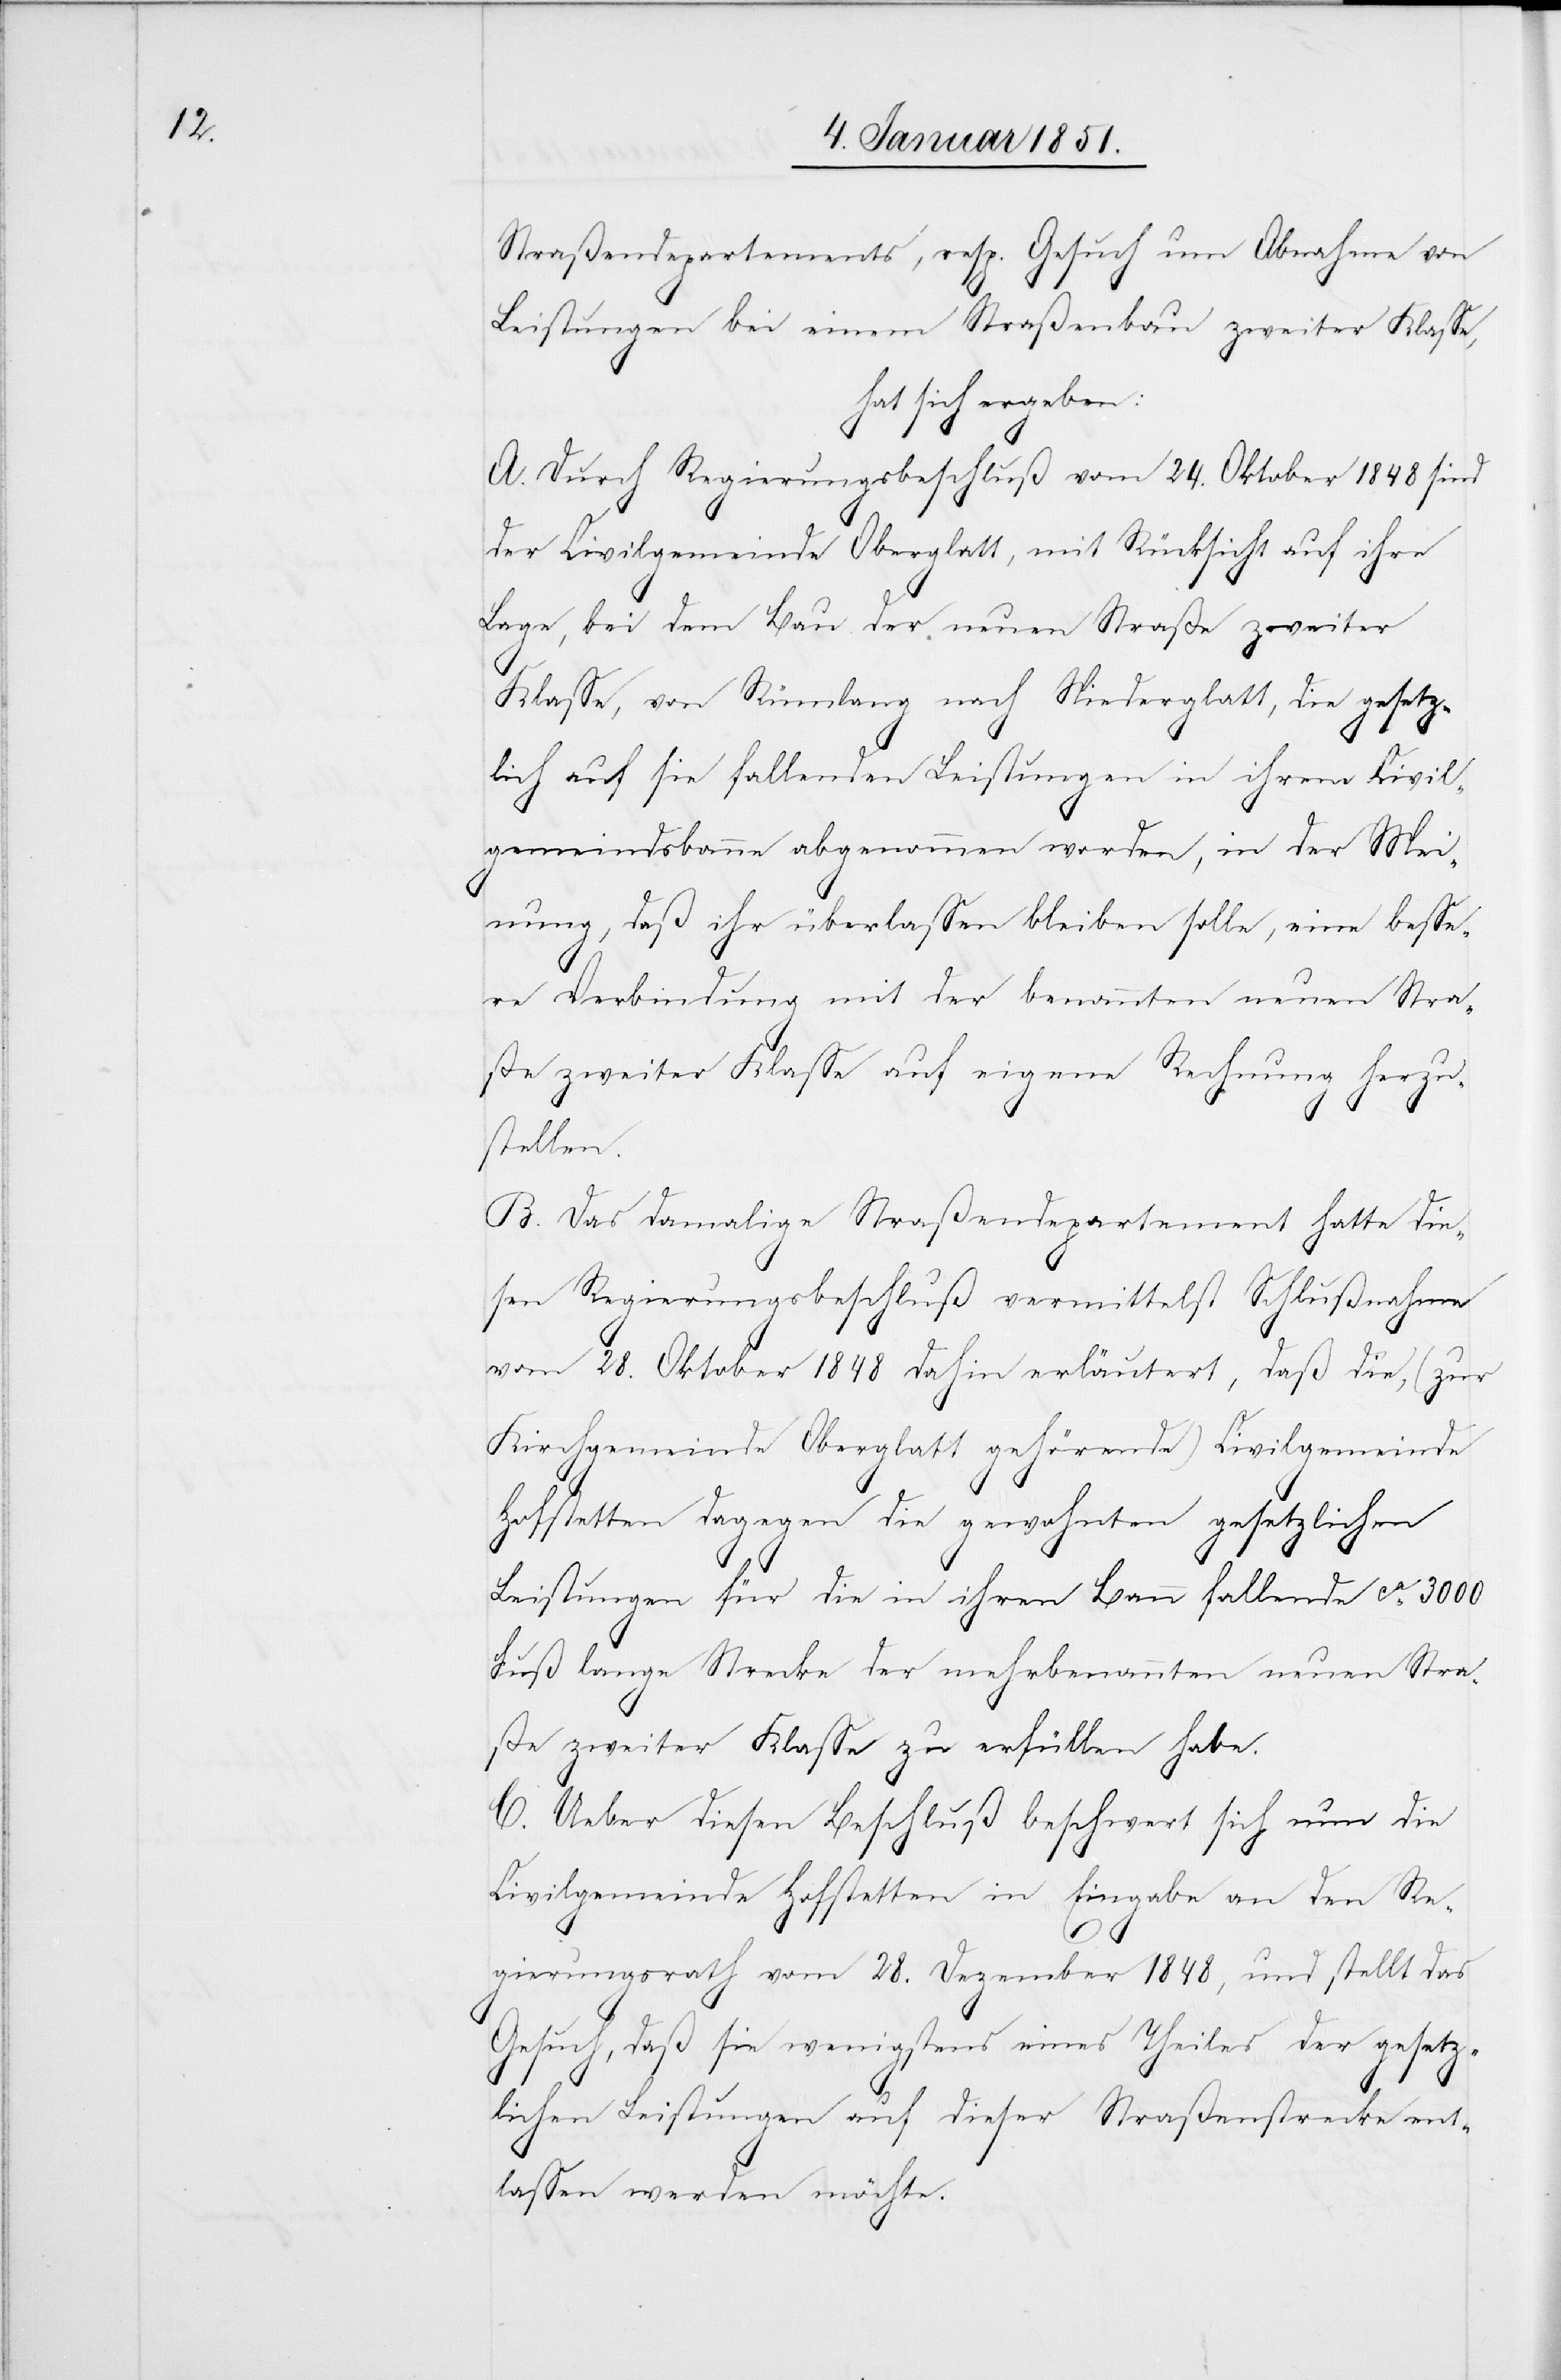
Straßendepartements, resp. Gesuch um Abnahme von
Leistungen bei einem Straßenbau zweiter Klasse,
hat sich ergeben:
A. Durch Regierungsbeschluß vom 24. Oktober 1848 sind
der Civilgemeinde Oberglatt, mit Rücksicht auf ihre
Lage, bei dem Bau der neuen Straße zweiter
Klasse, von Rümlang nach Niederglatt, die gesetz¬
lich auf sie fallenden Leistungen in ihrem Civil¬
gemeindsbanne abgenommen worden, in der Mei¬
nung, daß ihr überlassen bleiben solle, eine besse¬
re Verbindung mit der benannten neuen Stra¬
ße zweiter Klasse auf eigene Rechnung herzu¬
stellen.
B. Das damalige Straßendepartement hatte die¬
sen Regierungsbeschluß vermittelst Schlußnahme
vom 28. Oktober 1848 dahin erläutert, daß die, (zur
Kirchgemeinde Oberglatt gehörende) Civilgemeinde
Hofstetten dagegen die gewohnten gesetzlichen
Leistungen für die in ihren Bann fallende ca. 3000
Fuß lange Strecke der mehrbenannten neuen Stra¬
ße zweiter Klasse zu erfüllen habe.
C. Ueber diesen Beschluß beschwert sich nun die
Civilgemeinde Hofstetten in Eingabe an den Re¬
gierungsrath vom 28. Dezember 1848, und stellt das
Gesuch, daß sie wenigstens eines Theiles der gesetz¬
lichen Leistungen auf dieser Straßenstrecke ent¬
lassen werden möchte.